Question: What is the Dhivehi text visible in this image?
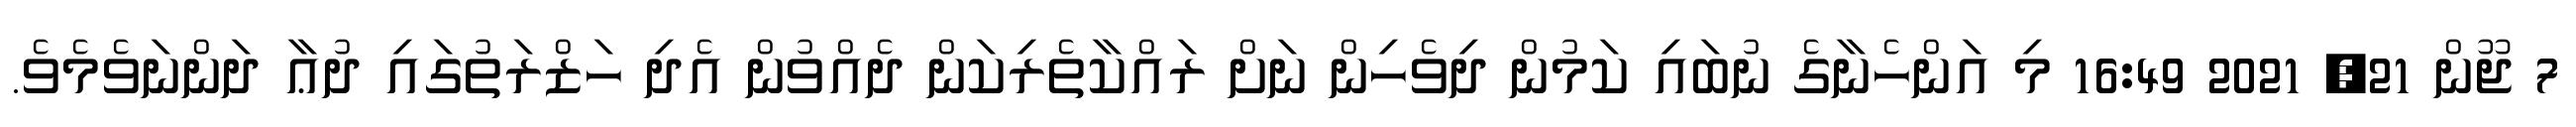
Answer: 7 ޖޫން 21, 2021 16:49 މި އަންހެނާގެ ނުބައި ކަމުން ދިވެހިން ނަށް ރައްކާތެރިކަން ދެއްވުން އެދި ހަޒްރަތުގައި ދުޢާ ދަންނަވެމެވެ.